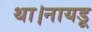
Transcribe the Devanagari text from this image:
था।नायडू